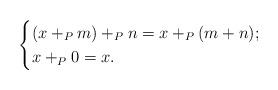
LaTeX: \begin{align*}\begin{cases}(x +_P m) +_P n = x +_P (m+n);\\x +_P 0 = x.\end{cases}\end{align*}